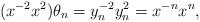
LaTeX: \begin{align*} (x^{-2}x^2)\theta_n=y_n^{-2}y_n^2=x^{-n}x^n,\end{align*}